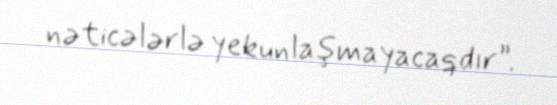
nəticələrlə yekunlaşmayacaqdır”.